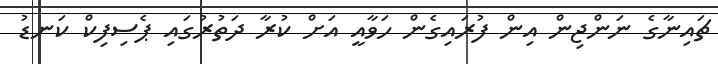
ޗައިނާގެ ނަންޖިން އިން ފުރައިގެން ހަވާއީ އަށް ކުރާ ދަތުރުގައި ޕެސިފިކް ކަނޑު